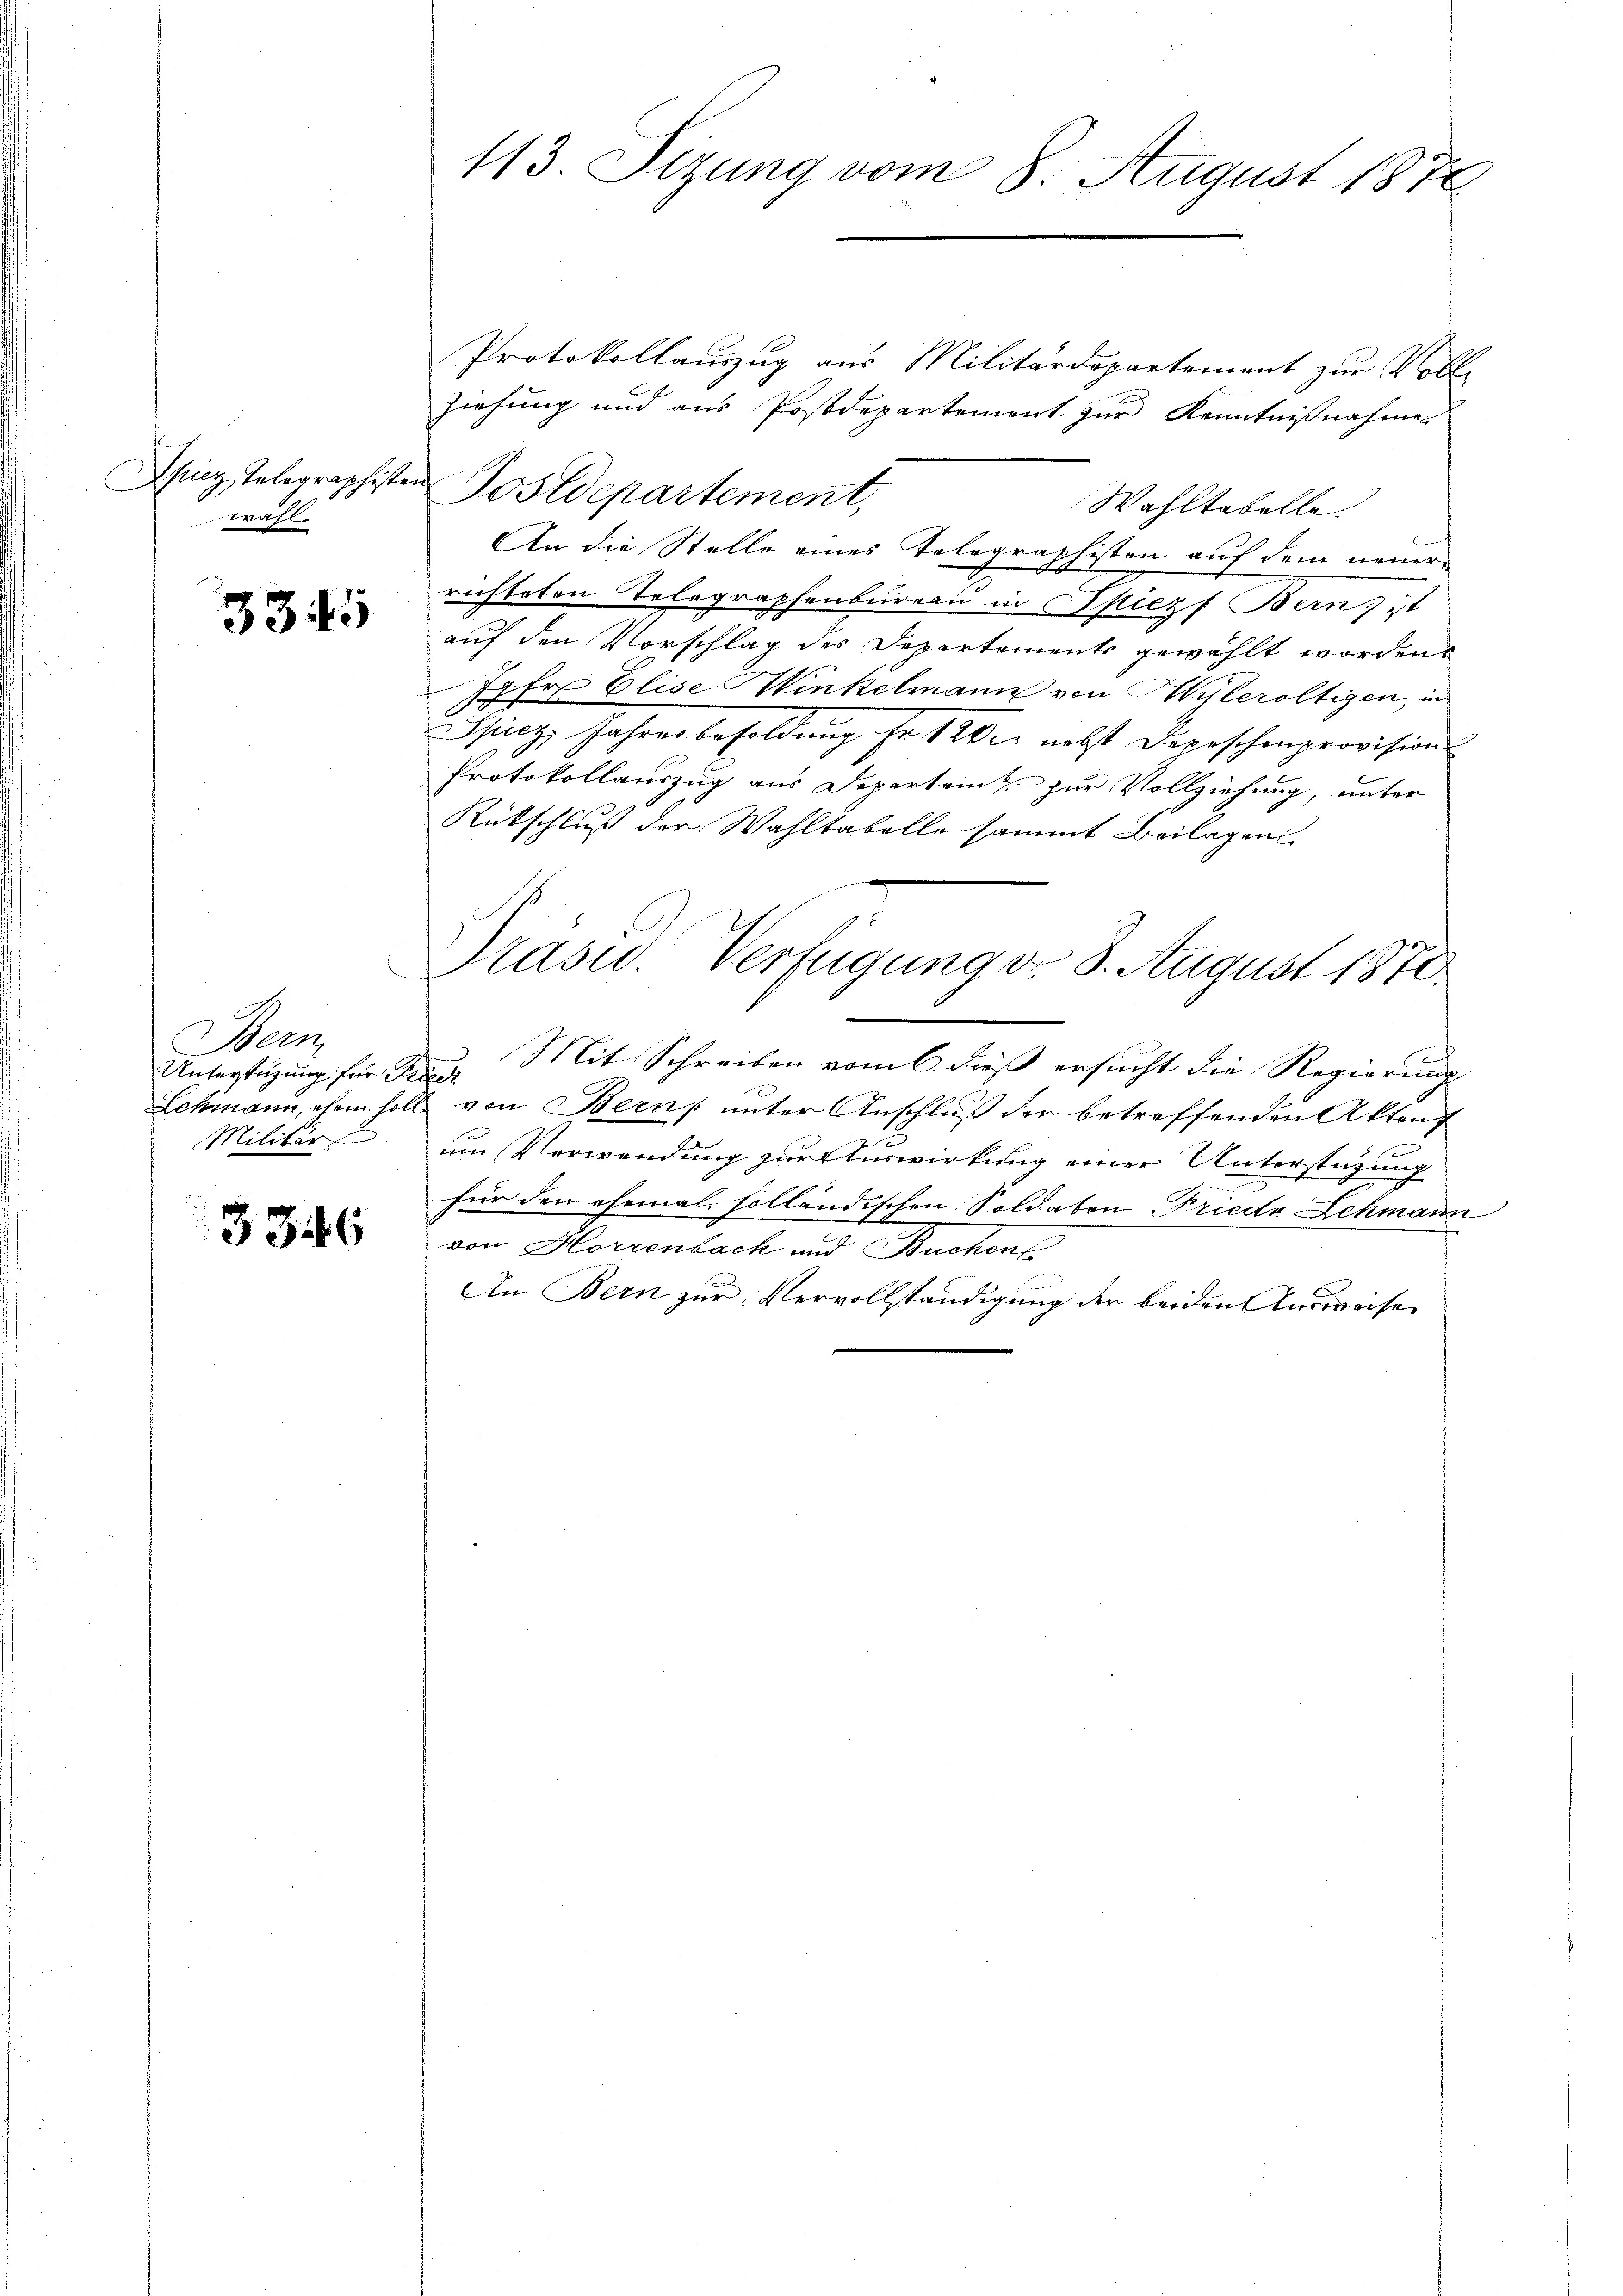
wahl.

3345

Bern
Unterstüzung für Fri
Lehmann, ehem soll
Militär

3346

113. Sizung vom 8. August 1876

Protokollauszug aus Militärdepartement zur Voll-
ziehung und aus Postdepartement zur Kenntnißnahme
Wahltabelle
An die Stelle eines Telegraphisten auf dem neuer
n
richteten Telegraphenbureau in Spiez Bern, ist
auf den Vorschlag des Departements gewählt worden
77 fr. Elise Winkelmann von Wyleröltigen, in
Spiez, Jahresbesoldung fr. 120. nebst Depeschenprovision
Protokollauszug aus Departen zur Vollziehung, unter
Rückschluß der Wahltabelle sammt Beilagen.
Prasid. Verfügung d. 3. August 1870.
Mit Schreiben vom 6. dieß ersucht die Regierung
t
von Berns unter Anschluß der betreffenden Aktens
x
um Verwendung zur Verwirkung einer Unterstützung
für den ehemal solländischen Soldaten Friedr Schmann
von Horrenbach und Buchens
An Bern zur Vervollständigung der beiden Ausweise

Ihicz, Telegraphisten Postdepartement,